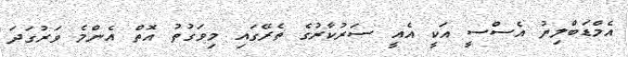
އެމްޑަބްލިޔު އެސްސީ އަކީ އެއީ ސަރުކާރުގެ ތެރޭގައި މިވަގުތު އޮތް އެންމެ ވަރުގަދަ